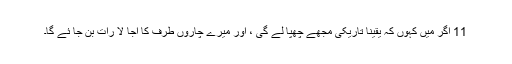
11 اگر میں کہوں کہ یقینًا تاریکی مجھے چُھپا لے گی ، اور میرے چاروں طرف کا اُجا لا رات بن جا ئے گا۔